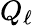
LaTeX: Q_{\ell}